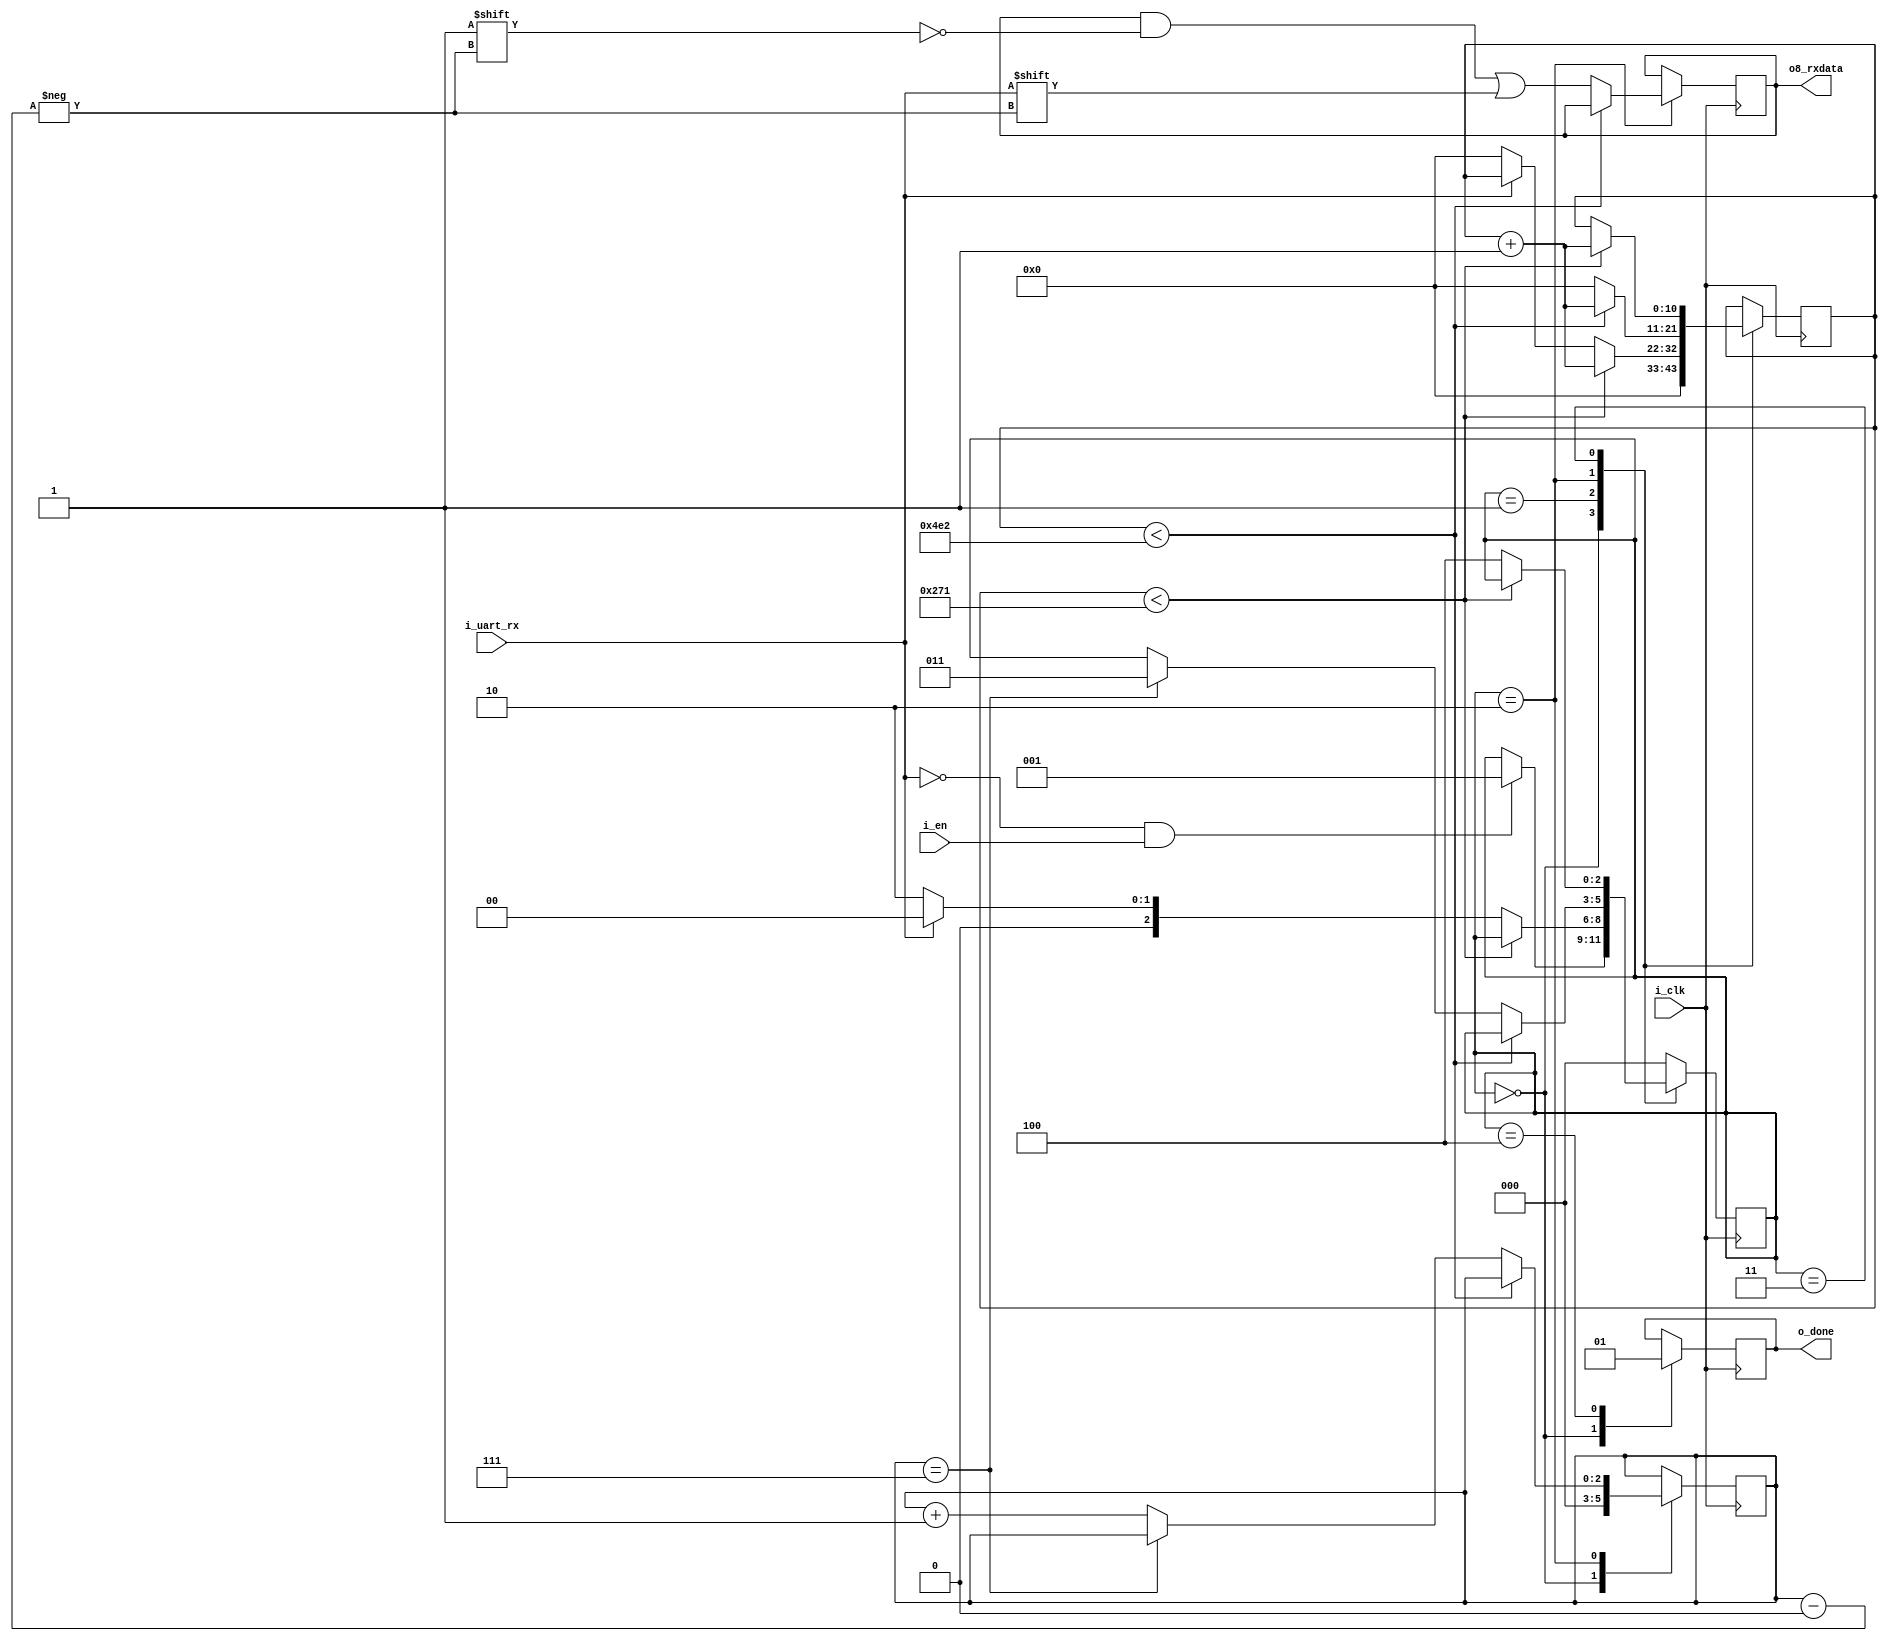
`timescale 1ns / 1ps
module uart_rx #(
	parameter	p_BAUDRATE	= 9600,
	parameter	p_CLK_FREQ	= 12_000_000
)(
	input	i_clk,
	input	i_en,
	// HW RX line
	input	i_uart_rx,

	output	o_done,
	output	[7:0]	o8_rxdata
);

localparam	STATE_IDLE	= 3'd0,
			STATE_START	= 3'd1,
			STATE_DATA	= 3'd2,
			STATE_STOP	= 3'd3,
			STATE_DONE	= 3'd4;
			
reg [2:0] r3_state = STATE_IDLE;

localparam integer lp_DATA_BIT_TMR_MAX = p_CLK_FREQ/p_BAUDRATE;
localparam lp_BIT_INDEX_MAX = 7; // 8 data bits, 0...7

//--Counter that keeps track of the number of clock cycles the current bit has been held stable over the
//--UART RX line. It is used to signal when the ne
reg [$clog2(lp_DATA_BIT_TMR_MAX)-1:0] rn_bit_tmr = 0;

//--Contains the index of the next bit in txData that needs to be transferred; range 0..7
reg [2:0] r3_bit_index = 0;

//--A register that contains the whole data packet to be received, w/o start or stop bits
reg [7:0] r8_rxdata = 0;
assign o8_rxdata = r8_rxdata;

// Logic 1 for single clock cycle in "DONE" state
reg r_done = 1'b0;
assign o_done = r_done;

always @(posedge i_clk) begin: rx_state_machine
	case (r3_state)
	STATE_IDLE: begin
		r_done <= 1'b0;
		rn_bit_tmr <= 0;
		r3_bit_index <= 0;
		if (~i_uart_rx & i_en)
			r3_state <= STATE_START;				
	end
	STATE_START: begin
		if (rn_bit_tmr < lp_DATA_BIT_TMR_MAX/2)
			rn_bit_tmr <= rn_bit_tmr + 1;
		else begin
			if ( i_uart_rx )
				r3_state <= STATE_IDLE;
			else begin
				rn_bit_tmr <= 0;
				r3_state <= STATE_DATA;
			end
		end
	end
	STATE_DATA: begin
		if (rn_bit_tmr < lp_DATA_BIT_TMR_MAX)
			rn_bit_tmr <= rn_bit_tmr + 1;
		else begin
			rn_bit_tmr <= 0;
			r8_rxdata[r3_bit_index] <= i_uart_rx;
			
			if (r3_bit_index == lp_BIT_INDEX_MAX)
				r3_state <= STATE_STOP;
			else
				r3_bit_index <= r3_bit_index + 1;
		end
	end
	STATE_STOP: begin
		if (rn_bit_tmr < lp_DATA_BIT_TMR_MAX/2)
			rn_bit_tmr <= rn_bit_tmr + 1;
		else
			r3_state <= STATE_DONE;
	end
	STATE_DONE: begin
		r_done <= 1'b1;
		r3_state <= STATE_IDLE;
	end
	default:
		r3_state <= STATE_IDLE;
	endcase
end // rx_state_machine
endmodule // uart_rx